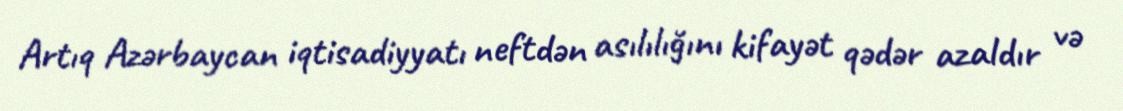
Artıq Azərbaycan iqtisadiyyatı neftdən asılılığını kifayət qədər azaldır və